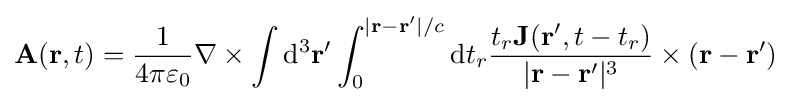
\mathbf {A} (\mathbf {r} ,t)={\dfrac {1}{4\pi \varepsilon _{0}}}\nabla \times \int \mathrm {d} ^{3}\mathbf {r'} \int _{0}^{|\mathbf {r} -\mathbf {r} '|/c}\mathrm {d} t_{r}{\dfrac {t_{r}\mathbf {J} (\mathbf {r'} ,t-t_{r})}{|\mathbf {r} -\mathbf {r} '|^{3}}}\times (\mathbf {r} -\mathbf {r} ')